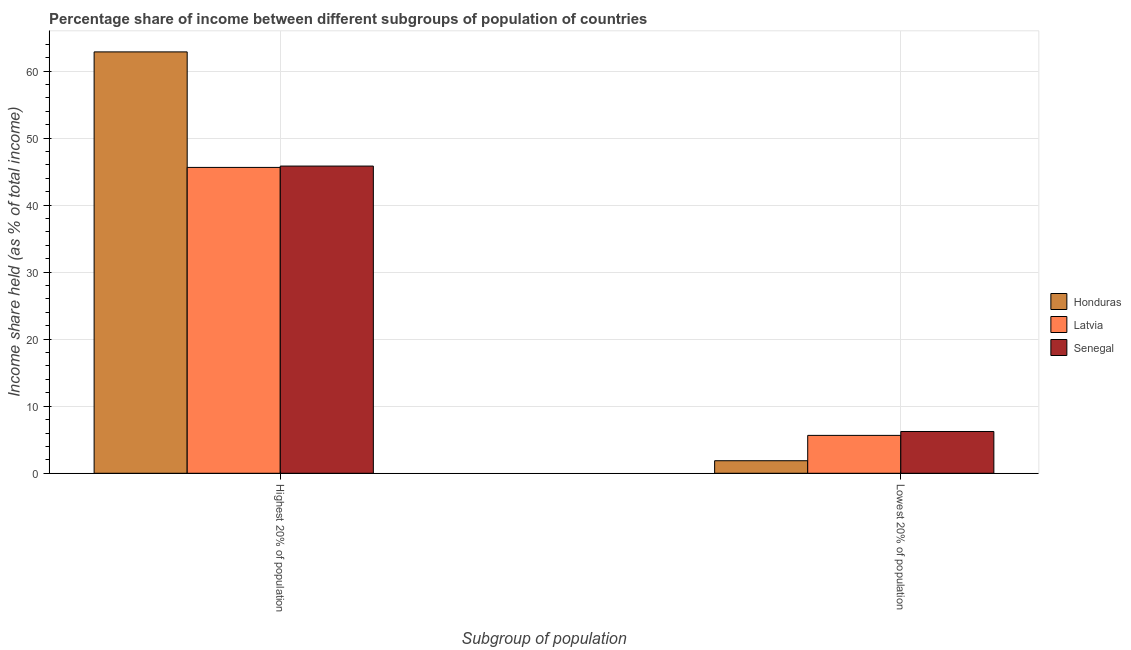
| Subgroup of population | Honduras | Latvia | Senegal |
 | --- | --- | --- | --- |
 | Highest 20% of population | 62.9 | 45.6 | 45.8 |
 | Lowest 20% of population | 1.87 | 5.65 | 6.23 |